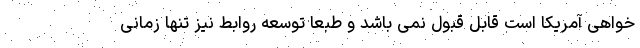
خواهی آمریکا است قابل قبول نمی باشد و طبعا توسعه روابط نیز تنها زمانی